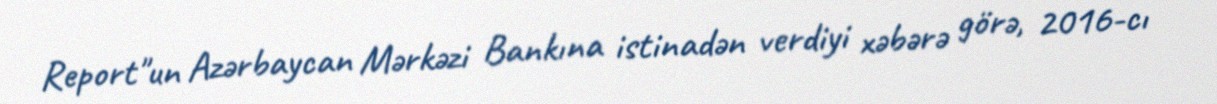
Report"un Azərbaycan Mərkəzi Bankına istinadən verdiyi xəbərə görə, 2016-cı